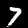
Digit: 7